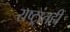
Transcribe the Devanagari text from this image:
राष्ट्रांतही